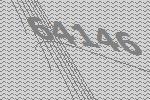
64146